Civil Veterinary Department. Madras. Admin. report 1910-25 - 1910-1925
Year: 1910
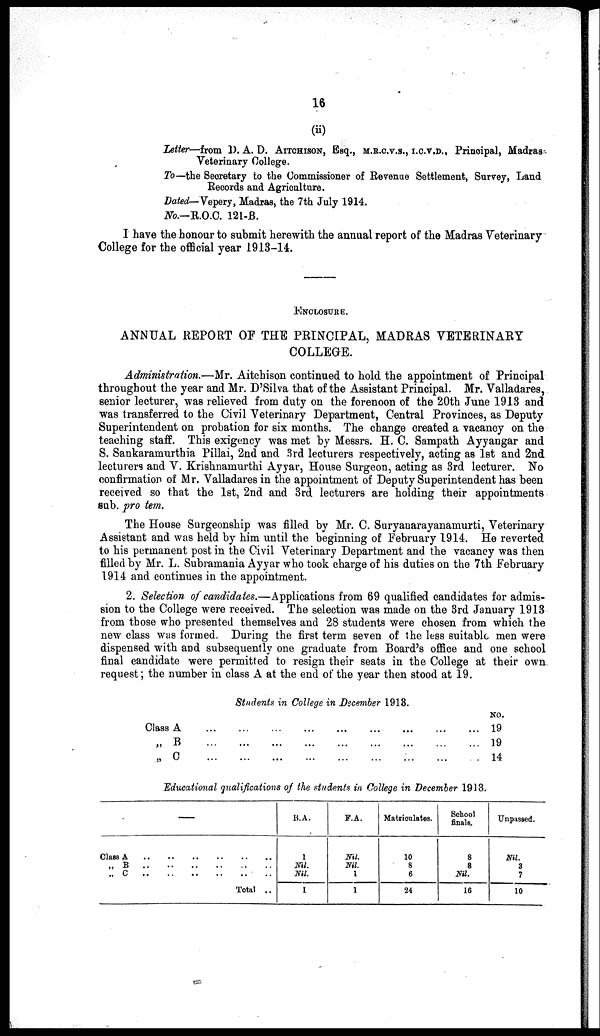
16
(ii)
Letter—from D. A. D. AITCHISON, ESQ., M.R.C.V.S., I.C.V.D., Principal, Madras
Veterinary College.
To—the Secretary to the Commissioner of Revenue Settlement, Survey, Land,
Records and Agriculture.
Dated— Vepery, Madras, the 7th July 1914.
No.—R.O.C. 121-B.
I have the honour to submit herewith the annual report of the Madras Veterinary
College for the official year 1913-14.
ENCLOSURE.
ANNUAL REPORT OF THE PRINCIPAL, MADRAS VETERINARY
COLLEGE.
Administration.—Mr. Aitchison continued to hold the appointment of Principal
throughout the year and Mr. D'Silva that of the Assistant Principal. Mr. Valladares,
senior lecturer, was relieved from duty on the forenoon of the 20th June 1913 and
was transferred to the Civil Veterinary Department, Central Provinces, as Deputy
Superintendent on probation for six months. The change created a vacancy on the
teaching staff. This exigency was met by Messrs. H. C. Sampath Ayyangar and
S. Sankaramurthia Pillai, 2nd and 3rd lecturers respectively, acting as 1st and 2nd
lecturers and V. Krishnamurthi Ayyar, House Surgeon, acting as 3rd lecturer. No
confirmation of Mr. Valladares in the appointment of Deputy Superintendent has been
received so that the 1st, 2nd and 3rd lecturers are holding their appointments
sub. pro tem.
The House Surgeonship was filled by Mr. C. Suryanarayanamurti, Veterinary
Assistant and was held by him until the beginning of February 1914. He reverted
to his permanent post in the Civil Veterinary Department and the vacancy was then
filled by Mr. L. Subramania Ayyar who took charge of his duties on the 7th February
1914 and continues in the appointment.
2. Selection of candidates.—Applications from 69 qualified candidates for admis-
sion to the College were received. The selection was made on the 3rd January 1913
from those who presented themselves and 28 students were chosen from which the
new class was formed. During the first term seven of the less suitable men were
dispensed with and subsequently one graduate from Board's office and one school
final candidate were permitted to resign their seats in the College at their own
request; the number in class A at the end of the year then stood at 19.
Students in College in December 1913.
Class A
............
„ B
............
„ C ............
NO.
...............
19
...............
19
...............
14
Educational qualifications of the students in College in December 1913.
—
Class A .. .. .. .. .. ..
„ B .. .. .. .. .. ..
„ C .. .. .. .. .. ..
Total ..
B.A.
1
Nil.
Nil.
1
F.A.
Nil.
Nil.
1
1
Matriculates.
10
8
6
24
School
finals.
8
8
Nil.
16
Unpassed.
Nil.
3
7
10